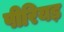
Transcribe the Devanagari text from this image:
पीरियड़